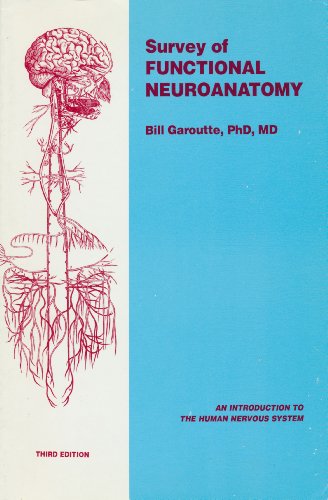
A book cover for Survey of Functional Neuroanatomy; Bill Garoutte; Medical Books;